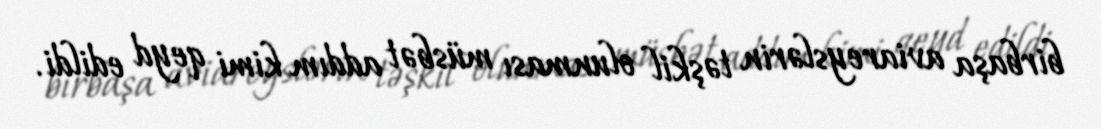
birbaşa aviareyslərin təşkil olunması müsbət addım kimi qeyd edildi.